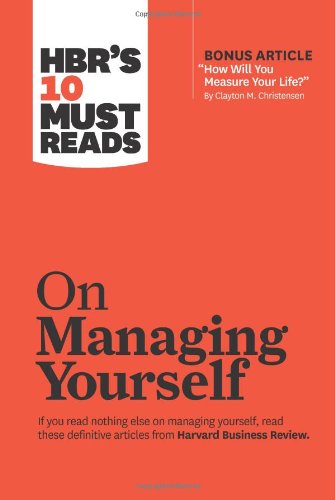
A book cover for HBR's 10 Must Reads on Managing Yourself (with bonus article "How Will You Measure Your Life?" by Clayton M. Christensen); Harvard Business Review; Business & Money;